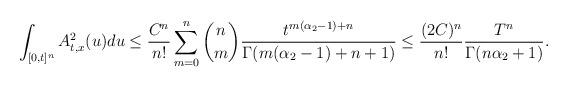
LaTeX: \begin{align*}\int_{[0,t]^n} A^2_{t,x}(u)du\le \frac{C^n}{n!}\sum_{m=0}^n \binom{n}{m} \frac{t^{m(\alpha_2-1)+n}}{\Gamma(m(\alpha_2-1)+n+1)}\le \frac{(2C)^n}{n!} \frac{T^n}{\Gamma(n\alpha_2+1)}.\end{align*}